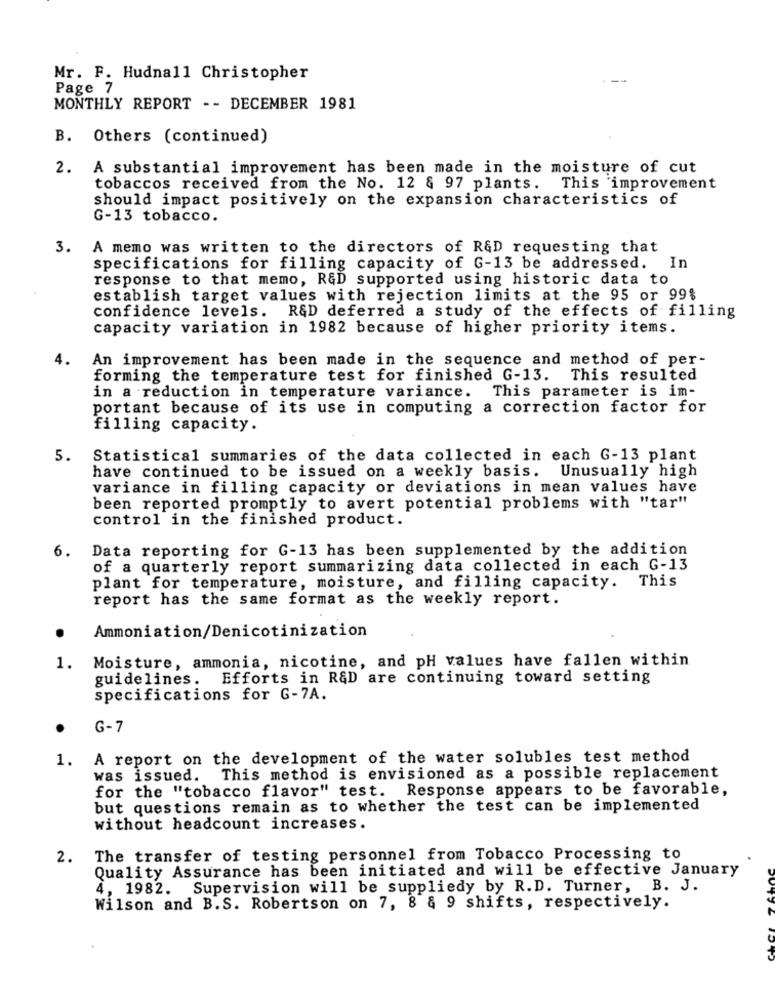
Mr. F. Hudnall Christopher
Page 7
MONTHLY REPORT -- DECEMBER 1981
B. Others (continued)
2. A substantial improvement has been made in the moisture of cut
tobaccos received from the No. 12 & 97 plants. This improvement
should impact positively on the expansion characteristics of
G-13 tobacco.
3.
A memo was written to the directors of R&D requesting that
specifications for filling capacity of G-13 be addressed. In
response to that memo, R&D supported using historic data to
establish target values with rejection limits at the 95 or 99%
confidence levels. R&D deferred a study of the effects of filling
capacity variation in 1982 because of higher priority items.
4.
An improvement has been made in the sequence and method of per-
forming the temperature test for finished G-13. This resulted
in a reduction in temperature variance. This parameter is im-
portant because of its use in computing a correction factor for
filling capacity.
5.
Statistical summaries of the data collected in each G-13 plant
have continued to be issued on a weekly basis. Unusually high
variance in filling capacity or deviations in mean values have
been reported promptly to avert potential problems with "tar"
control in the finished product.
Data reporting for G-13 has been supplemented by the addition
6.
of a quarterly report summarizing data collected in each G-13
plant for temperature, moisture, and filling capacity. This
report has the same format as the weekly report.
Ammoniation/Denicotinization
Moisture, ammonia, nicotine, and pH values have fallen within
1.
guidelines.
Efforts in R&D are continuing toward setting
specifications for G-7A.
G-7
1. A report on the development of the water solubles test method
was issued. This method is envisioned as a possible replacement
for the "tobacco flavor" test. Response appears to be favorable,
but questions remain as to whether the test can be implemented
without headcount increases.
2.
The transfer of testing personnel from Tobacco Processing to
Quality Assurance has been initiated and will be effective January
4, 1982. Supervision will be suppliedy by R. D. Turner, B. J.
Wilson and B.S. Robertson on 7, 8 & 9 shifts, respectively.